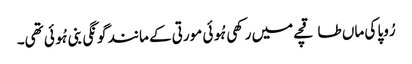
رُوپا کی ماں طاقچے میں رکھی ہُوئی مورتی کے مانند گونگی بنی ہُوئی تھی۔